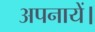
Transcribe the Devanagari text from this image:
अपनायें।